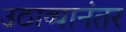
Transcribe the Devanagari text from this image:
उठाव्यानंतर